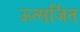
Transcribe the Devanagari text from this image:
ऊत्सर्जित